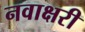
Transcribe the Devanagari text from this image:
नवाक्षरी